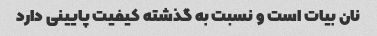
نان بیات است و نسبت به گذشته کیفیت پایینی دارد